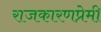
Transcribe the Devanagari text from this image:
राजकारणप्रेमी